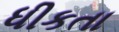
ધીકતા